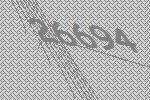
26694